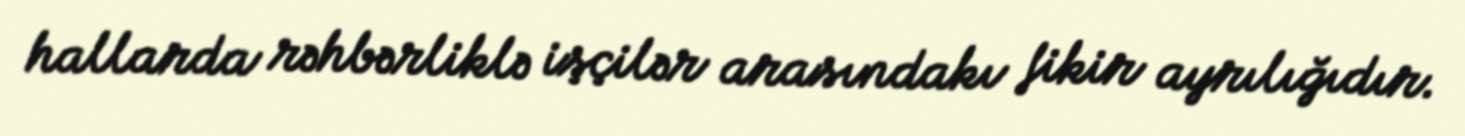
hallarda rəhbərliklə işçilər arasındakı fikir ayrılığıdır.